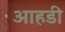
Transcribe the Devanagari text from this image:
आहडी